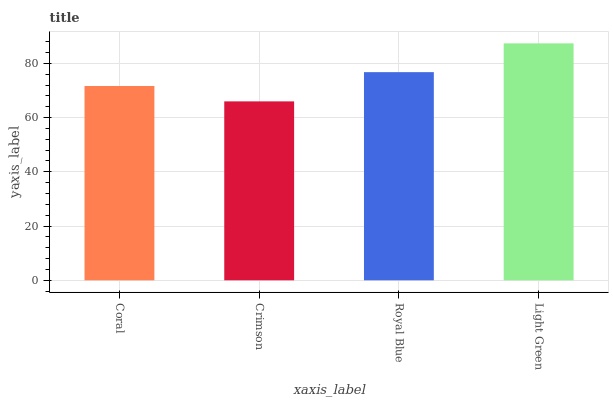
| xaxis_label | bars |
 | --- | --- |
 | Coral | 71.7 |
 | Crimson | 66 |
 | Royal Blue | 76.8 |
 | Light Green | 87.4 |